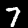
Label: 7